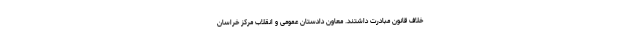
خلاف قانون مبادرت داشتند. معاون دادستان عمومی و انقلاب مرکز خراسان